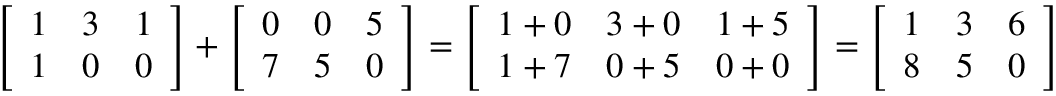
{ \left[ \begin{array} { l l l } { 1 } & { 3 } & { 1 } \\ { 1 } & { 0 } & { 0 } \end{array} \right] } + { \left[ \begin{array} { l l l } { 0 } & { 0 } & { 5 } \\ { 7 } & { 5 } & { 0 } \end{array} \right] } = { \left[ \begin{array} { l l l } { 1 + 0 } & { 3 + 0 } & { 1 + 5 } \\ { 1 + 7 } & { 0 + 5 } & { 0 + 0 } \end{array} \right] } = { \left[ \begin{array} { l l l } { 1 } & { 3 } & { 6 } \\ { 8 } & { 5 } & { 0 } \end{array} \right] }